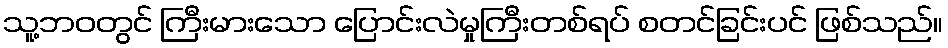
သူ့ဘဝတွင် ကြီးမားသော ပြောင်းလဲမှုကြီးတစ်ရပ် စတင်ခြင်းပင် ဖြစ်သည်။